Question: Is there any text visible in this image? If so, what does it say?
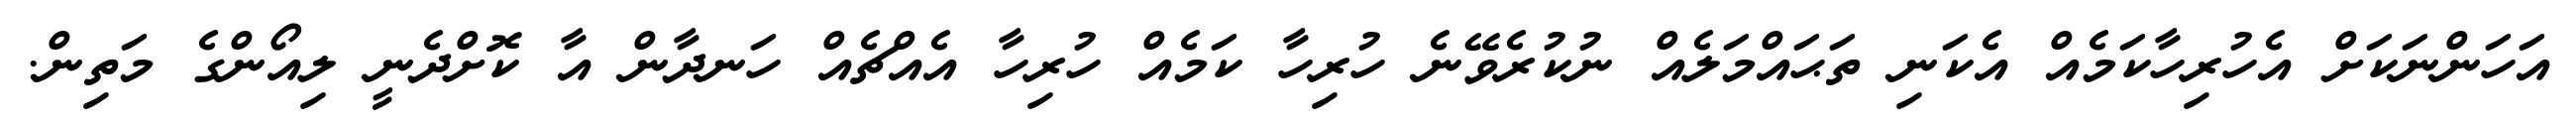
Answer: އަހަންނަކަށް އެހުރިހާކަމެއް އެކަނި ތަޙައްމަލެއް ނުކުރެވޭނެ ހުރިހާ ކަމެއް ހުރިހާ އެއްޗެއް ހަނދާން އާ ކޮށްދެނީ ލިއޯންގެ މަތިން.